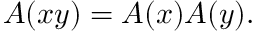
A ( x y ) = A ( x ) A ( y ) .